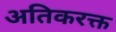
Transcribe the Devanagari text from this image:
अतिकरक्त